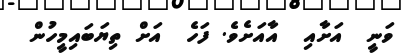
ވަނީ  އަށާއި  އާއަށެވެ. ފަހެ  އަށް ތިޔަބައިމީހުން